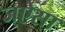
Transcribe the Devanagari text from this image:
ज्ऐसा